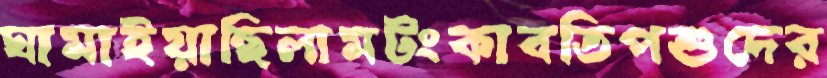
ঘামাইয়াছিলামটংকাবতিপশুদের